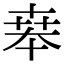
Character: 𠦪